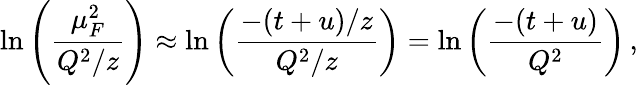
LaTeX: \ln\left(\frac{\mu_{F}^{2}}{Q^{2}/z}\right)\approx\ln\left(\frac{-(t+u)/z}{Q^{2}/z}\right)=\ln\left(\frac{-(t+u)}{Q^{2}}\right)\, ,